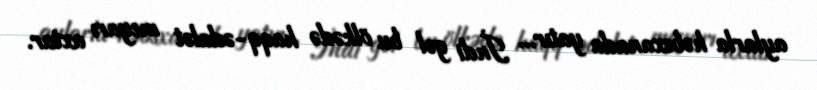
aylarla həbsxanada yatır... İndi gəl bu ölkədə haqq-ədalət meyarı axtar.